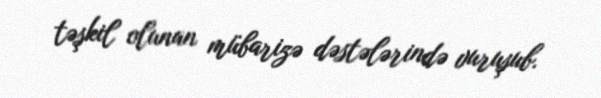
təşkil olunan mübarizə dəstələrində vuruşub.